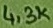
Text: 4,3K